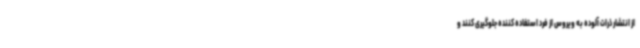
از انتشار ذرات آلوده به ویروس از فرد استفاده کننده جلوگیری کنند و